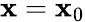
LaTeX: \mathbf{x}=\mathbf{x}_{0}